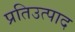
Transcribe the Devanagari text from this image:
प्रतिउत्पाद